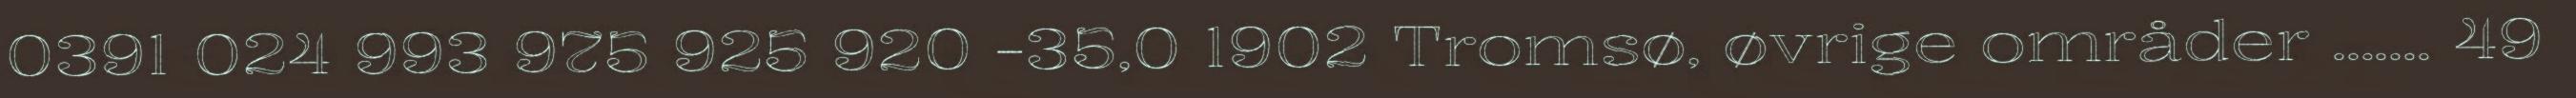
0391 024 993 975 925 920 -35,0 1902 Tromsø, øvrige områder ....... 49